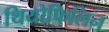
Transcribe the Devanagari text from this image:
थियोफिलिन